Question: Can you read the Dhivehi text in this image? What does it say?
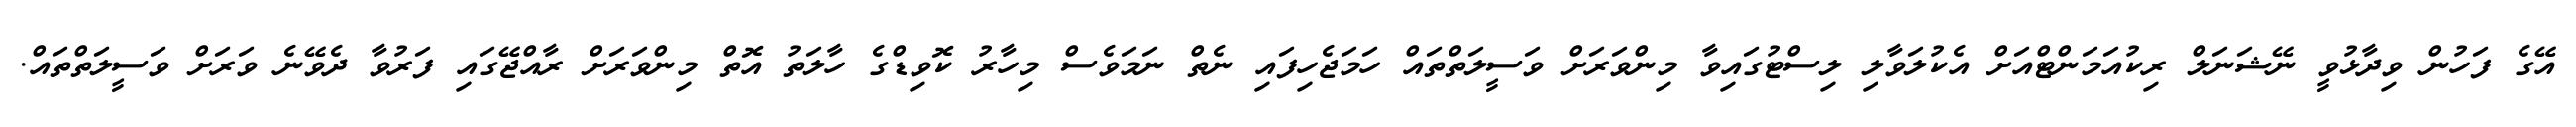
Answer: އޭގެ ފަހުން ވިދާޅުވީ ނޭޝަނަލް ރިކުއަމަންޓްއަށް އެކުލަވާލި ލިސްޓުގައިވާ މިންވަރަށް ވަސީލަތްތައް ހަމަޖެހިފައި ނެތް ނަމަވެސް މިހާރު ކޮވިޑްގެ ހާލަތު އޮތް މިންވަރަށް ރާއްޖޭގައި ފަރުވާ ދެވޭނެ ވަރަށް ވަސީލަތްތައް.